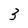
Character: 3